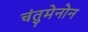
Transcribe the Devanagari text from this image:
चंतुमेनोन